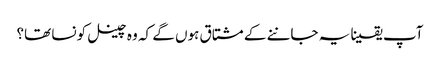
آپ یقینا یہ جاننے کے مشتاق ہوں گے کہ وہ چینل کونسا تھا؟